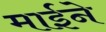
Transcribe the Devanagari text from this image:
माईने